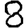
Digit: 8